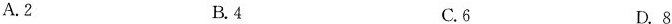
A.2 B. 4 C.6 D 8